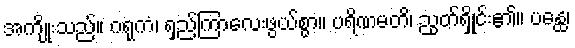
အကျိုးသည်။ ဂရုကံ၊ ရှည်ကြာလေးဖွယ်စွာ။ ပရိဏမတိ၊ ညွတ်ရှိုင်း၏။ ပန္ထေ၊